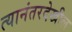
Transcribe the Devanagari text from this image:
त्यानंतरदेखील